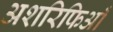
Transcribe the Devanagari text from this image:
अशरिफिआँ